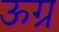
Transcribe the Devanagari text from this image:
ऊग्र